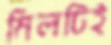
মিলটিই